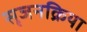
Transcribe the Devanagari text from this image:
सृजनक्रिया